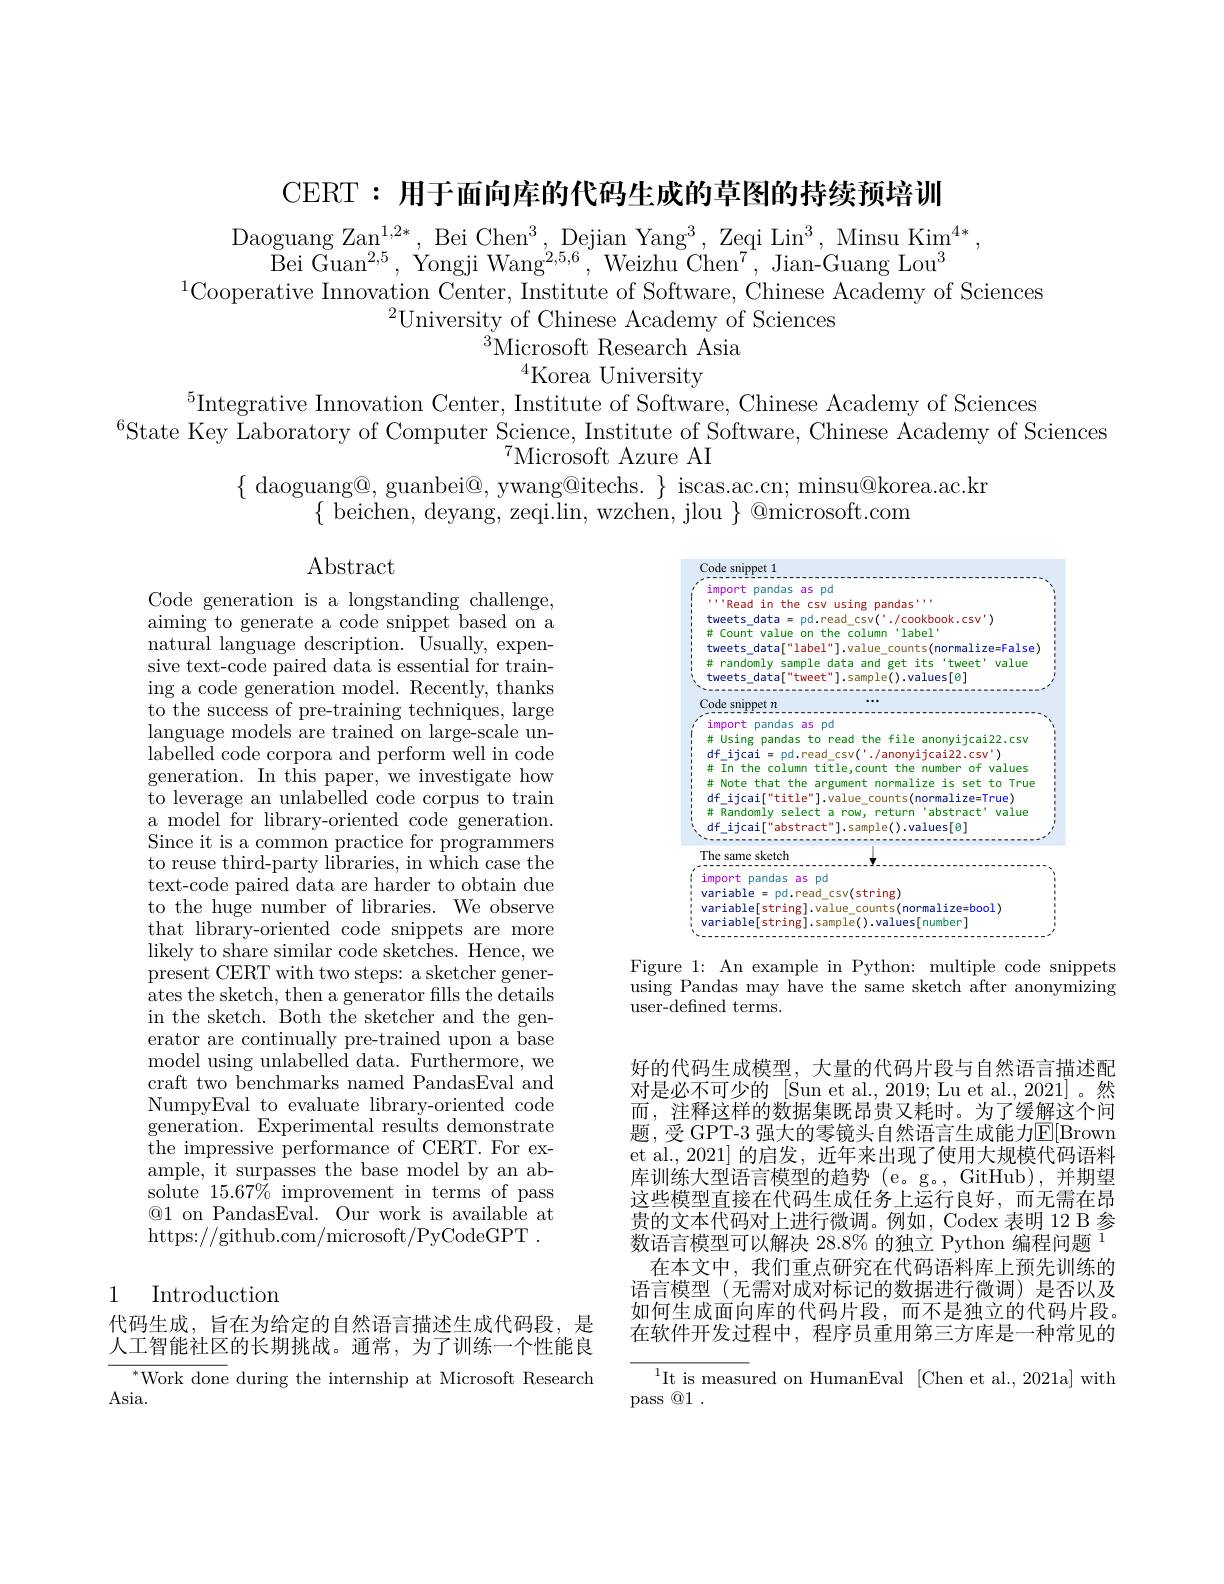
CERT: 用于面向库的代码生成的草图的持续预培训

Daoguang Za$n^{1, 2* }$, Bei Che$n^{3}$, Dejian Yan$g^{3}$, Zeqi Li$n^{3}$, Minsu Ki$m^{4* }$.
Bei Gua$n^{2, 5}$, Yongji Wan$g^{2, 5, 6}$, Weizhu Che$n^{7}$, Jian- Guang Lo$u^{3}$
$^{1}$Cooperative Innovation Center, Institute of Software, Chinese Academy of Sciences
$^{2}$University$^\prime$of Chinese Academy of Sciences
$^{3}$Microsoft Research Asia
$^{4}$Korea University
$^{5}$Integrative Innovation Center, Institute of Software, Chinese Academy of Sciences
$^{6}$State Key Laboratory of Computer Science, Institute of Software, Chinese Academy of Sciences
$^{7}$Microsoft Azure AI
$\{$ daoguang@, guanbei@, ywang@itechs. $\}$ iscas.ac.cn; minsu@korea.ac.kr
$\{$beichen, deyang, zeqi.lin, wzchen, jlou $\}$ @microsoft.com

Abstract

<FigureHere>
Figure 1: An example in Python: multiple code snippets

Code generation is a longstanding challenge, aiming to generate a code snippet based on a natural language description. Usually, expensive text-code paired data is essential for training a code generation model. Recently, thanks to the success of pre-training techniques, large language models are trained on large-scale unlabelled code corpora and perform well in code generation. In this paper, we investigate how to leverage an unlabelled code corpus to train a model for library-oriented code generation. Since it is a common practice for programmers to reuse third-party libraries, in which case the text-code paired data are harder to obtain due to the huge number of libraries. We observe that library-oriented code snippets are more likely to share similar code sketches. Hence, we present CERT with two steps: a sketcher generates the sketch, then a generator fills the details in the sketch. 'Both the sketcher and the generator are continually pre-trained upon a base model using unlabelled data. Furthermore, we craft two benchmarks named PandasEval and NumpyEval to evaluate library-oriented code generation. Experimental results demonstrate ${\mathrm{~the~impressive~performance~of~CERT.~For~ex-}}$ ample, it surpasses the base model by an absolute 15.67% improvement in terms of pass ®1 on PandasEval. Our work is available at https://github.com/microsoft/PyCodeGPT .

using Pandas may have the same sketch after anonymizing
user-defined terms.

好的代码生成模型，大量的代码片段与自然语言描述配对是必不可少的 [Sun et al., 2019; Lu et al., 2021] 。然而，注释这样的数据集既昂贵又耗时。为了缓解这个问题，受 GPT-3 强大的零镜头自然语言生成能力$\mathbb{E}[$Brown et al., 2021] 的启发，近年来出现了使用大规模代码语料库训练大型语言模型的趋势(e。g。,GitHub),并期望这些模型直接在代码生成任务上运行良好，而无需在昂贵的文本代码对上进行微调。例如，Codex 表明 12 B 参数语言模型可以解决 28.8% 的独立 Python 编程问题 1
在本文中，我们重点研究在代码语料库上预先训练的语言模型(无需对成对标记的数据进行微调)是否以及如何生成面向库的代码片段，而不是独立的代码片段。在软件开发过程中，程序员重用第三方库是一种常见的

# 1 Introduction

代码生成，旨在为给定的自然语言描述生成代码段，是人工智能社区的长期挑战。通常，为了训练一个性能良

$^{*}$Work done during the internship at Microsoft Research
Asia.

$^{1}$It is measured on HumanEval [Chen et al.,2021a] with
pass @1 .